38_143685_box_Incident_Summaries_173-233
Agency: Department of War
Page 89
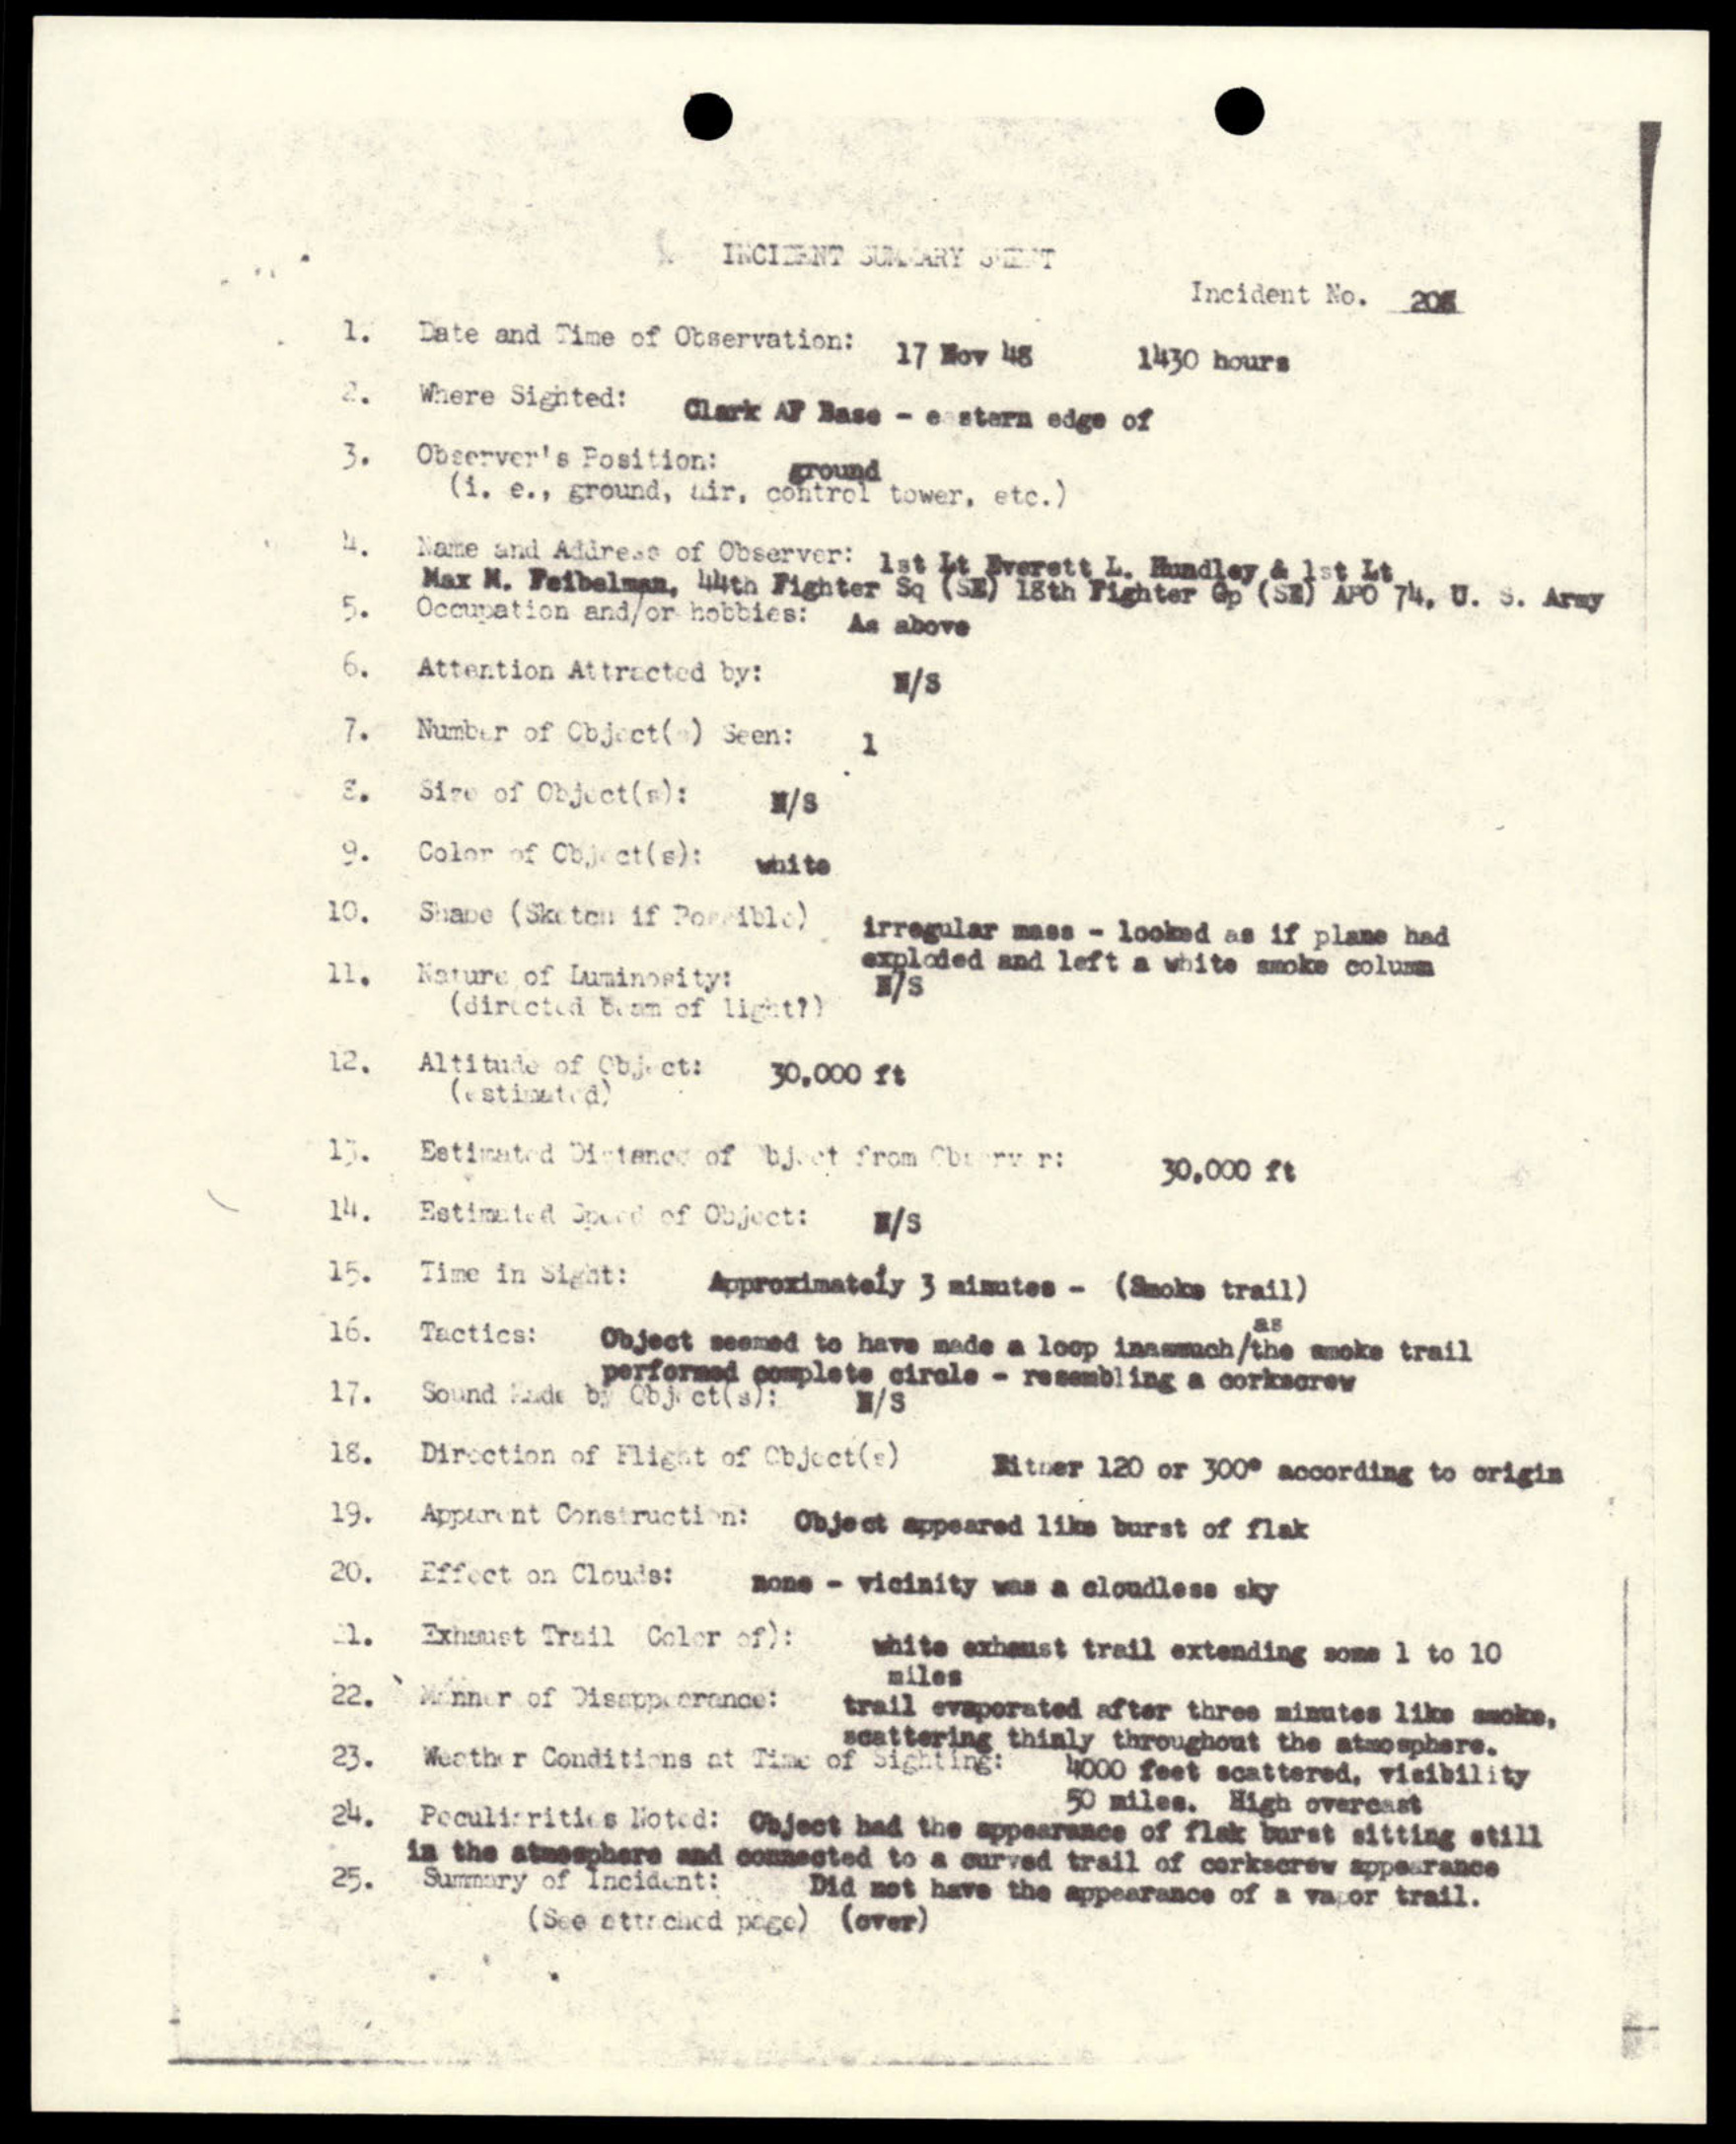